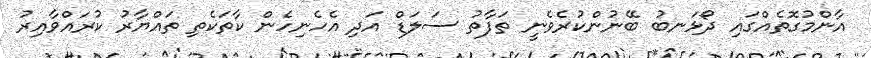
އާންމުގޮތެއްގައި ދޯޅަނބު ބޭނުންކުރެވެނީ ތަފާތު ސަލަޑް އަދި އެހެނިހެން ކާތަކެތި ތައްޔާރު ކުރައްވާއިރު